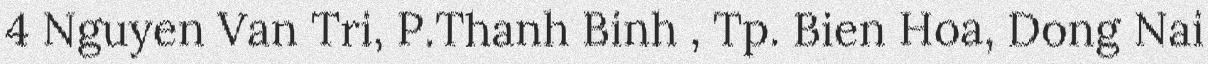
4 Nguyen Van Tri, P.Thanh Binh , Tp. Bien Hoa, Dong Nai